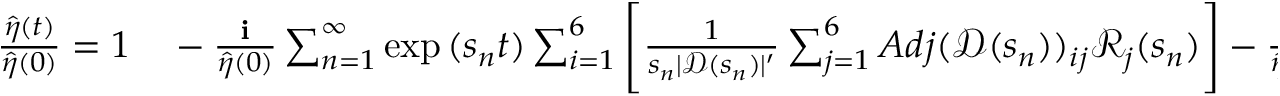
\begin{array} { r l } { \frac { \hat { \eta } ( t ) } { \hat { \eta } ( 0 ) } = 1 } & { { } - \frac { \textbf { i } } { \hat { \eta } ( 0 ) } \sum _ { n = 1 } ^ { \infty } \exp { ( s _ { n } t ) } \sum _ { i = 1 } ^ { 6 } \Bigg [ \frac { 1 } { s _ { n } | \mathscr { D } ( s _ { n } ) | ^ { \prime } } \sum _ { j = 1 } ^ { 6 } A d j ( \mathscr { D } ( s _ { n } ) ) _ { i j } \mathscr { R } _ { j } ( s _ { n } ) \Bigg ] - \frac { \textbf { i } } { \hat { \eta } ( 0 ) } \sum _ { i = 1 } ^ { 6 } \Bigg [ \frac { 1 } { | \mathscr { D } ( 0 ) | } \sum _ { j = 1 } ^ { 6 } A d j ( \mathscr { D } ( 0 ) ) _ { i j } \mathscr { R } _ { j } ( 0 ) \Bigg ] . } \end{array}